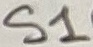
Text: S1